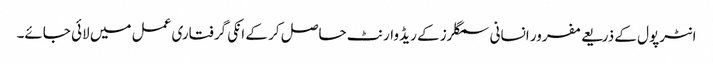
انٹرپول کے ذریعے مفرور انسانی سمگلرز کے ریڈ وارنٹ حاصل کر کے انکی گرفتاری عمل میں لائی جائے۔